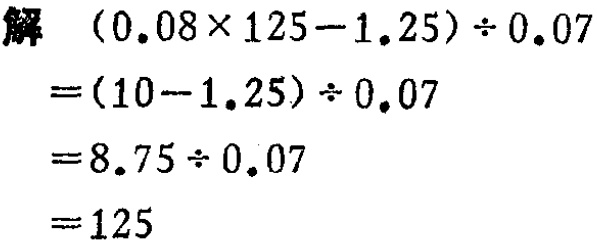
\[

\begin{align*}

&(0.08\times125 - 1.25)\div0.07\\

=&(10 - 1.25)\div0.07\\

=&8.75\div0.07\\

=&125

\end{align*}

\]